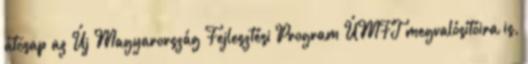
átcsap az Új Magyarország Fejlesztési Program ÚMFT megvalósítóira is,